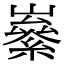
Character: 𡽭